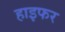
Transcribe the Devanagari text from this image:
हाइफर